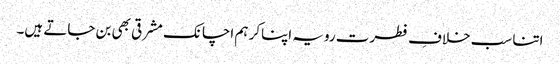
اتنا سب خلافِ فطرت رویہ اپناکر ہم اچانک مشرقی بھی بن جاتے ہیں۔